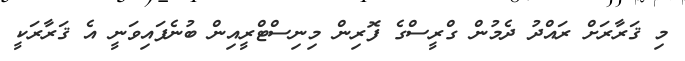
މި ޤަރާރަށް ރައްދު ދެމުން ގްރީސްގެ ފޮރިން މިނިސްޓްރީއިން ބުނެފައިވަނީ އެ ޤަރާރަކީ